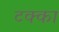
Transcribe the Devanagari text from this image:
टक्‍का